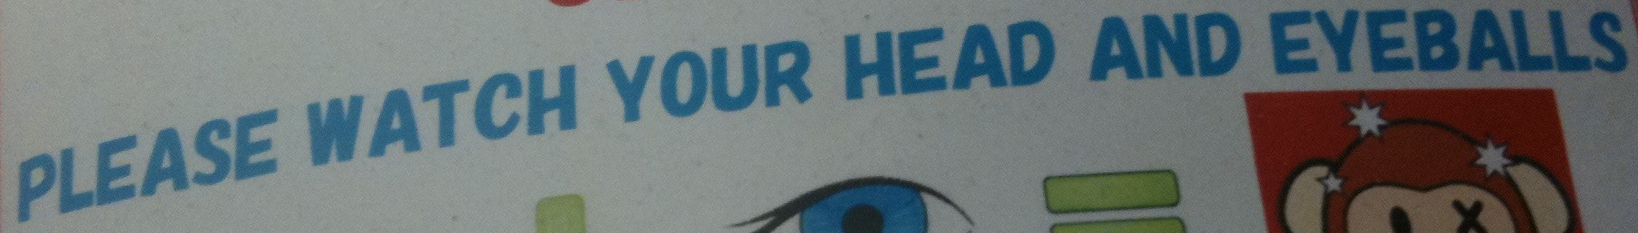
PLEASE WATCH YOUR HEAD AND EYEBALLS